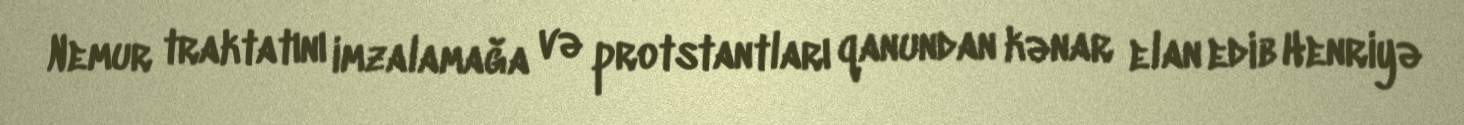
Nemur traktatını imzalamağa və protstantları qanundan kənar elan edib Henriyə